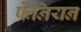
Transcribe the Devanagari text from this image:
फेनियन